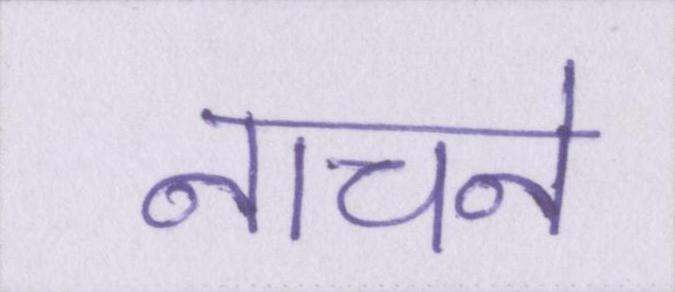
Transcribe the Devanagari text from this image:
नाचने